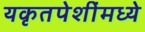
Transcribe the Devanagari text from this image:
यकृतपेशींमध्ये